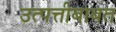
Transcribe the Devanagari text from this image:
उत्पत्तीबाबत